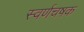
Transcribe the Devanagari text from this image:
स्वर्णचषक